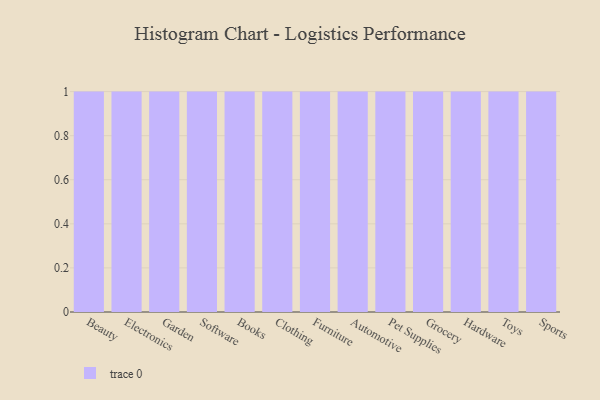
{"axis": {"x": "Category", "y": "Demand Index"}, "legend": [""], "data": [{"x": "Beauty", "y": 33, "type": ""}, {"x": "Electronics", "y": 82, "type": ""}, {"x": "Garden", "y": 61, "type": ""}, {"x": "Software", "y": 23, "type": ""}, {"x": "Books", "y": 25, "type": ""}, {"x": "Clothing", "y": 27, "type": ""}, {"x": "Furniture", "y": 37, "type": ""}, {"x": "Automotive", "y": 35, "type": ""}, {"x": "Pet Supplies", "y": 3, "type": ""}, {"x": "Grocery", "y": 64, "type": ""}, {"x": "Hardware", "y": 32, "type": ""}, {"x": "Toys", "y": 64, "type": ""}, {"x": "Sports", "y": 70, "type": ""}]}